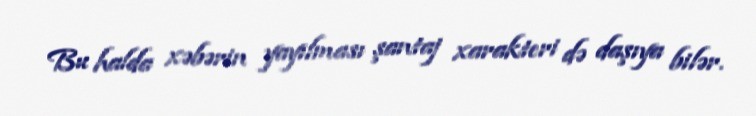
Bu halda xəbərin yayılması şantaj xarakteri də daşıya bilər.